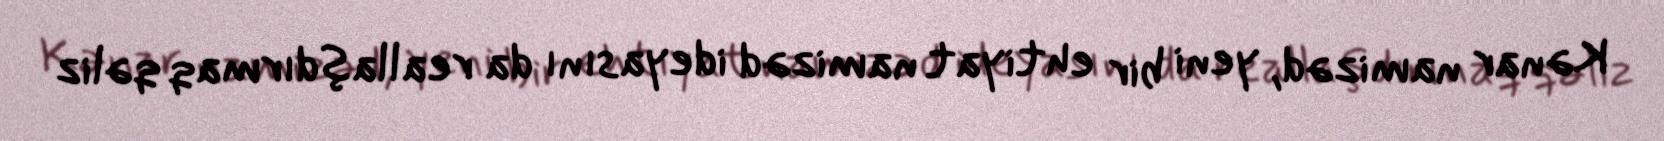
Kənar namizəd, yeni bir ehtiyat namizəd ideyasını da reallaşdırmaq qəliz